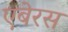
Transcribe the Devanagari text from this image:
एबेरस